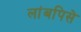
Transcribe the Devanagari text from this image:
लांबपिसे